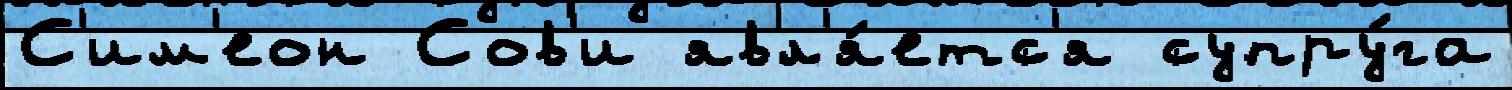
С'им'еон Сов'и явл'я́етс'я супру́га